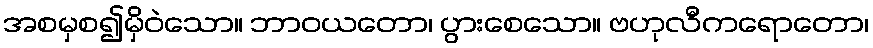
အစမှစ၍မှိဝဲသော။ ဘာဝယတော၊ ပွားစေသော။ ဗဟုလီကရောတော၊